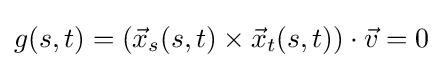
g(s,t)=({\vec {x}}_{s}(s,t)\times {\vec {x}}_{t}(s,t))\cdot {\vec {v}}=0